Annual administration report of the Civil Veterinary Department of India - 1907-1908
Year: 1907
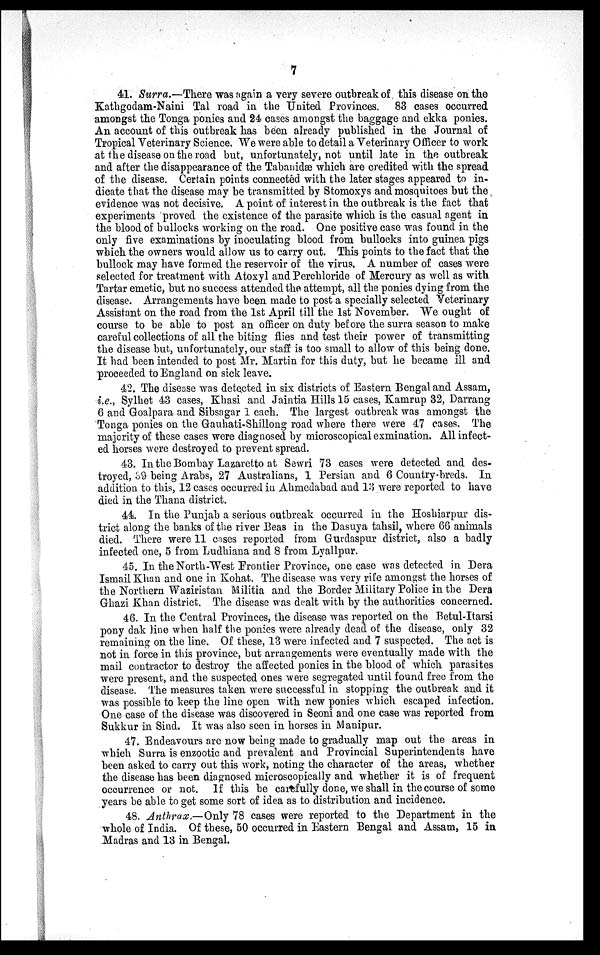
7
41. Surra.—There was again a very severe outbreak of this disease on the
Kathgodam-Naini Tal road in the United Provinces. 83 cases occurred
amongst the Tonga ponies and 24 cases amongst the baggage and ekka ponies.
An account of this outbreak has been already published in the Journal of
Tropical Veterinary Science. We were able to detail a Veterinary Officer to work
at the disease on the road but, unfortunately, not until late in the outbreak
and after the disappearance of the Tabanidæ which are credited with the spread
of the disease. Certain points connected with the later stages appeared to in-
dicate that the disease may be transmitted by Stomoxys and mosquitoes but the
evidence was not decisive. A point of interest in the outbreak is the fact that
experiments proved the existence of the parasite which is the casual agent in
the blood of bullocks working on the road. One positive case was found in the
only five examinations by inoculating blood from bullocks into guinea pigs
which the owners would allow us to carry out. This points to the fact that the
bullock may have formed the reservoir of the virus. A number of cases were
selected for treatment with Atoxyl and Perchloride of Mercury as well as with
Tartar emetic, but no success attended the attempt, all the ponies dying from the
disease. Arrangements have been made to post a specially selected Veterinary
Assistant on the road from the 1st April till the 1st November. We ought of
course to be able to post an officer on duty before the surra season to make
careful collections of all the biting flies and test their power of transmitting
the disease but, unfortunately, our staff is too small to allow of this being done.
It had been intended to post Mr. Martin for this duty, but he became ill and
proceeded to England on sick leave.
42. The disease was detected in six districts of Eastern Bengal and Assam,
i.e., Sylhet 43 cases, Khasi and Jaintia Hills 15 cases, Kamrup 32, Darrang
6 and Goalpara and Sibsagar 1 each. The largest outbreak was amongst the
Tonga ponies on the Gauhati-Shillong road where there were 47 cases. The
majority of these cases were diagnosed by microscopical exmination. All infect-
ed horses were destroyed to prevent spread.
43. In the Bombay Lazaretto at Sewri 73 cases were detected and des-
troyed, 39 being Arabs, 27 Australians, 1 Persian and 6 Country-breds. In
addition to this, 12 cases occurred in Ahmedabad and 13 were reported to have
died in the Thana district.
44. In the Punjab a serious outbreak occurred in the Hoshiarpur dis-
trict along the banks of the river Beas in the Dasuya tahsil, where 66 animals
died. There were 11 cases reported from Gurdaspur district, also a badly
infected one, 5 from Ludhiana and 8 from Lyallpur.
45. In the North-West Frontier Province, one case was detected in Dera
Ismail Khan and one in Kohat. The disease was very rife amongst the horses of
the Northern Waziristan Militia and the Border Military Police in the Dera
Ghazi Khan district. The disease was dealt with by the authorities concerned.
46. In the Central Provinces, the disease was reported on the Betul-Itarsi
pony dak line when half the ponies were already dead of the disease, only 32
remaining on the line. Of these, 13 were infected and 7 suspected. The act is
not in force in this province, but arrangements were eventually made with the
mail contractor to destroy the affected ponies in the blood of which parasites
were present, and the suspected ones were segregated until found free from the
disease. The measures taken were successful in stopping the outbreak and it
was possible to keep the line open with new ponies which escaped infection.
One case of the disease was discovered in Seoni and one case was reported from
Sukkur in Sind. It was also seen in horses in Manipur.
47. Endeavours are now being made to gradually map out the areas in
which Surra is enzootic and prevalent and Provincial Superintendents have
been asked to carry out this work, noting the character of the areas, whether
the disease has been diagnosed microscopically and whether it is of frequent
occurrence or not. If this be carefully done, we shall in the course of some
years be able to get some sort of idea as to distribution and incidence.
48. Anthrax.—Only 78 cases were reported to the Department in the
whole of India. Of these, 50 occurred in Eastern Bengal and Assam, 15 in
Madras and 13 in Bengal.